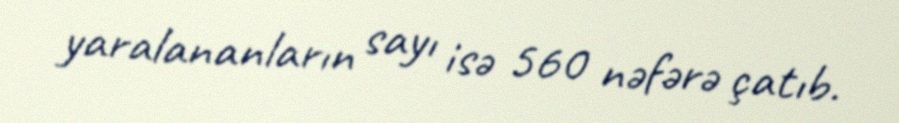
yaralananların sayı isə 560 nəfərə çatıb.